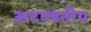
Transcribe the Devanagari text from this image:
अदण्डनीय